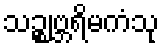
သဉ္ဈဗ္ဘရိမကံသု